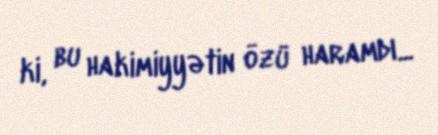
ki, bu hakimiyyətin özü haramdı...